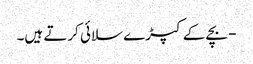
- بچے کے کپڑے سلائی کرتے ہیں۔